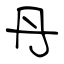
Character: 丹